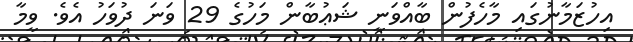
އިހުޒަމާނުގައި މާހެފުން ބާއްވަނީ ޝަޢުބާން މަހުގެ 29 ވަނަ ދުވަހު އެވެ. ވީމާ